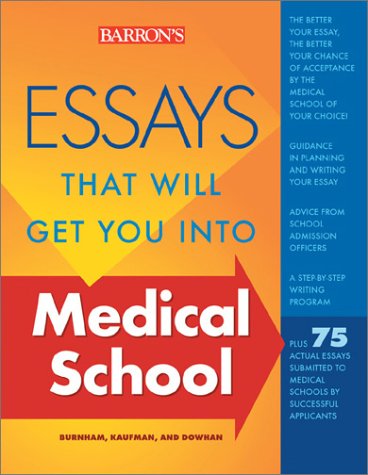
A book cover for Essays That Will Get You into Medical School (Essays That Will Get You Into...Series) [Second Edition]; Dan Kaufman; Education & Teaching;